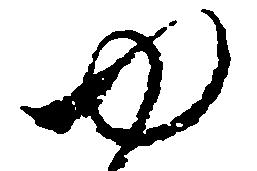
ゆ